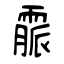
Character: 霢